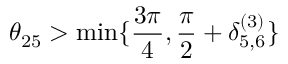
\theta _ { 2 5 } > \operatorname* { m i n } \{ \frac { 3 \pi } { 4 } , \frac { \pi } { 2 } + \delta _ { 5 , 6 } ^ { ( 3 ) } \}